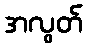
အလွတ်